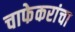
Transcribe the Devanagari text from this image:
चाफेकरांचा